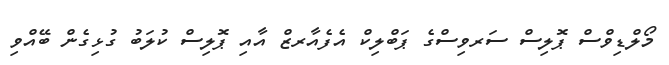
މޯލްޑިވްސް ޕޮލިސް ސަރވިސްގެ ޕަބްލިކް އެފެއާރޒް އާއި ޕޮލިސް ކުލަބު ގުޅިގެން ބޭއްވި